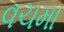
વચમા